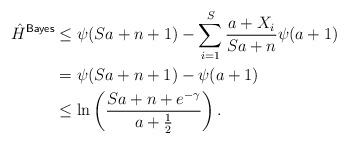
LaTeX: \begin{align*}\hat{H}^{\mathsf{Bayes}} & \leq \psi(Sa + n + 1) - \sum_{i = 1}^S \frac{a+X_i}{Sa + n}\psi(a+1) \\& = \psi(Sa + n+1) - \psi(a+1) \\& \leq \ln \left( \frac{Sa + n + e^{-\gamma}}{a + \frac{1}{2}} \right). \end{align*}